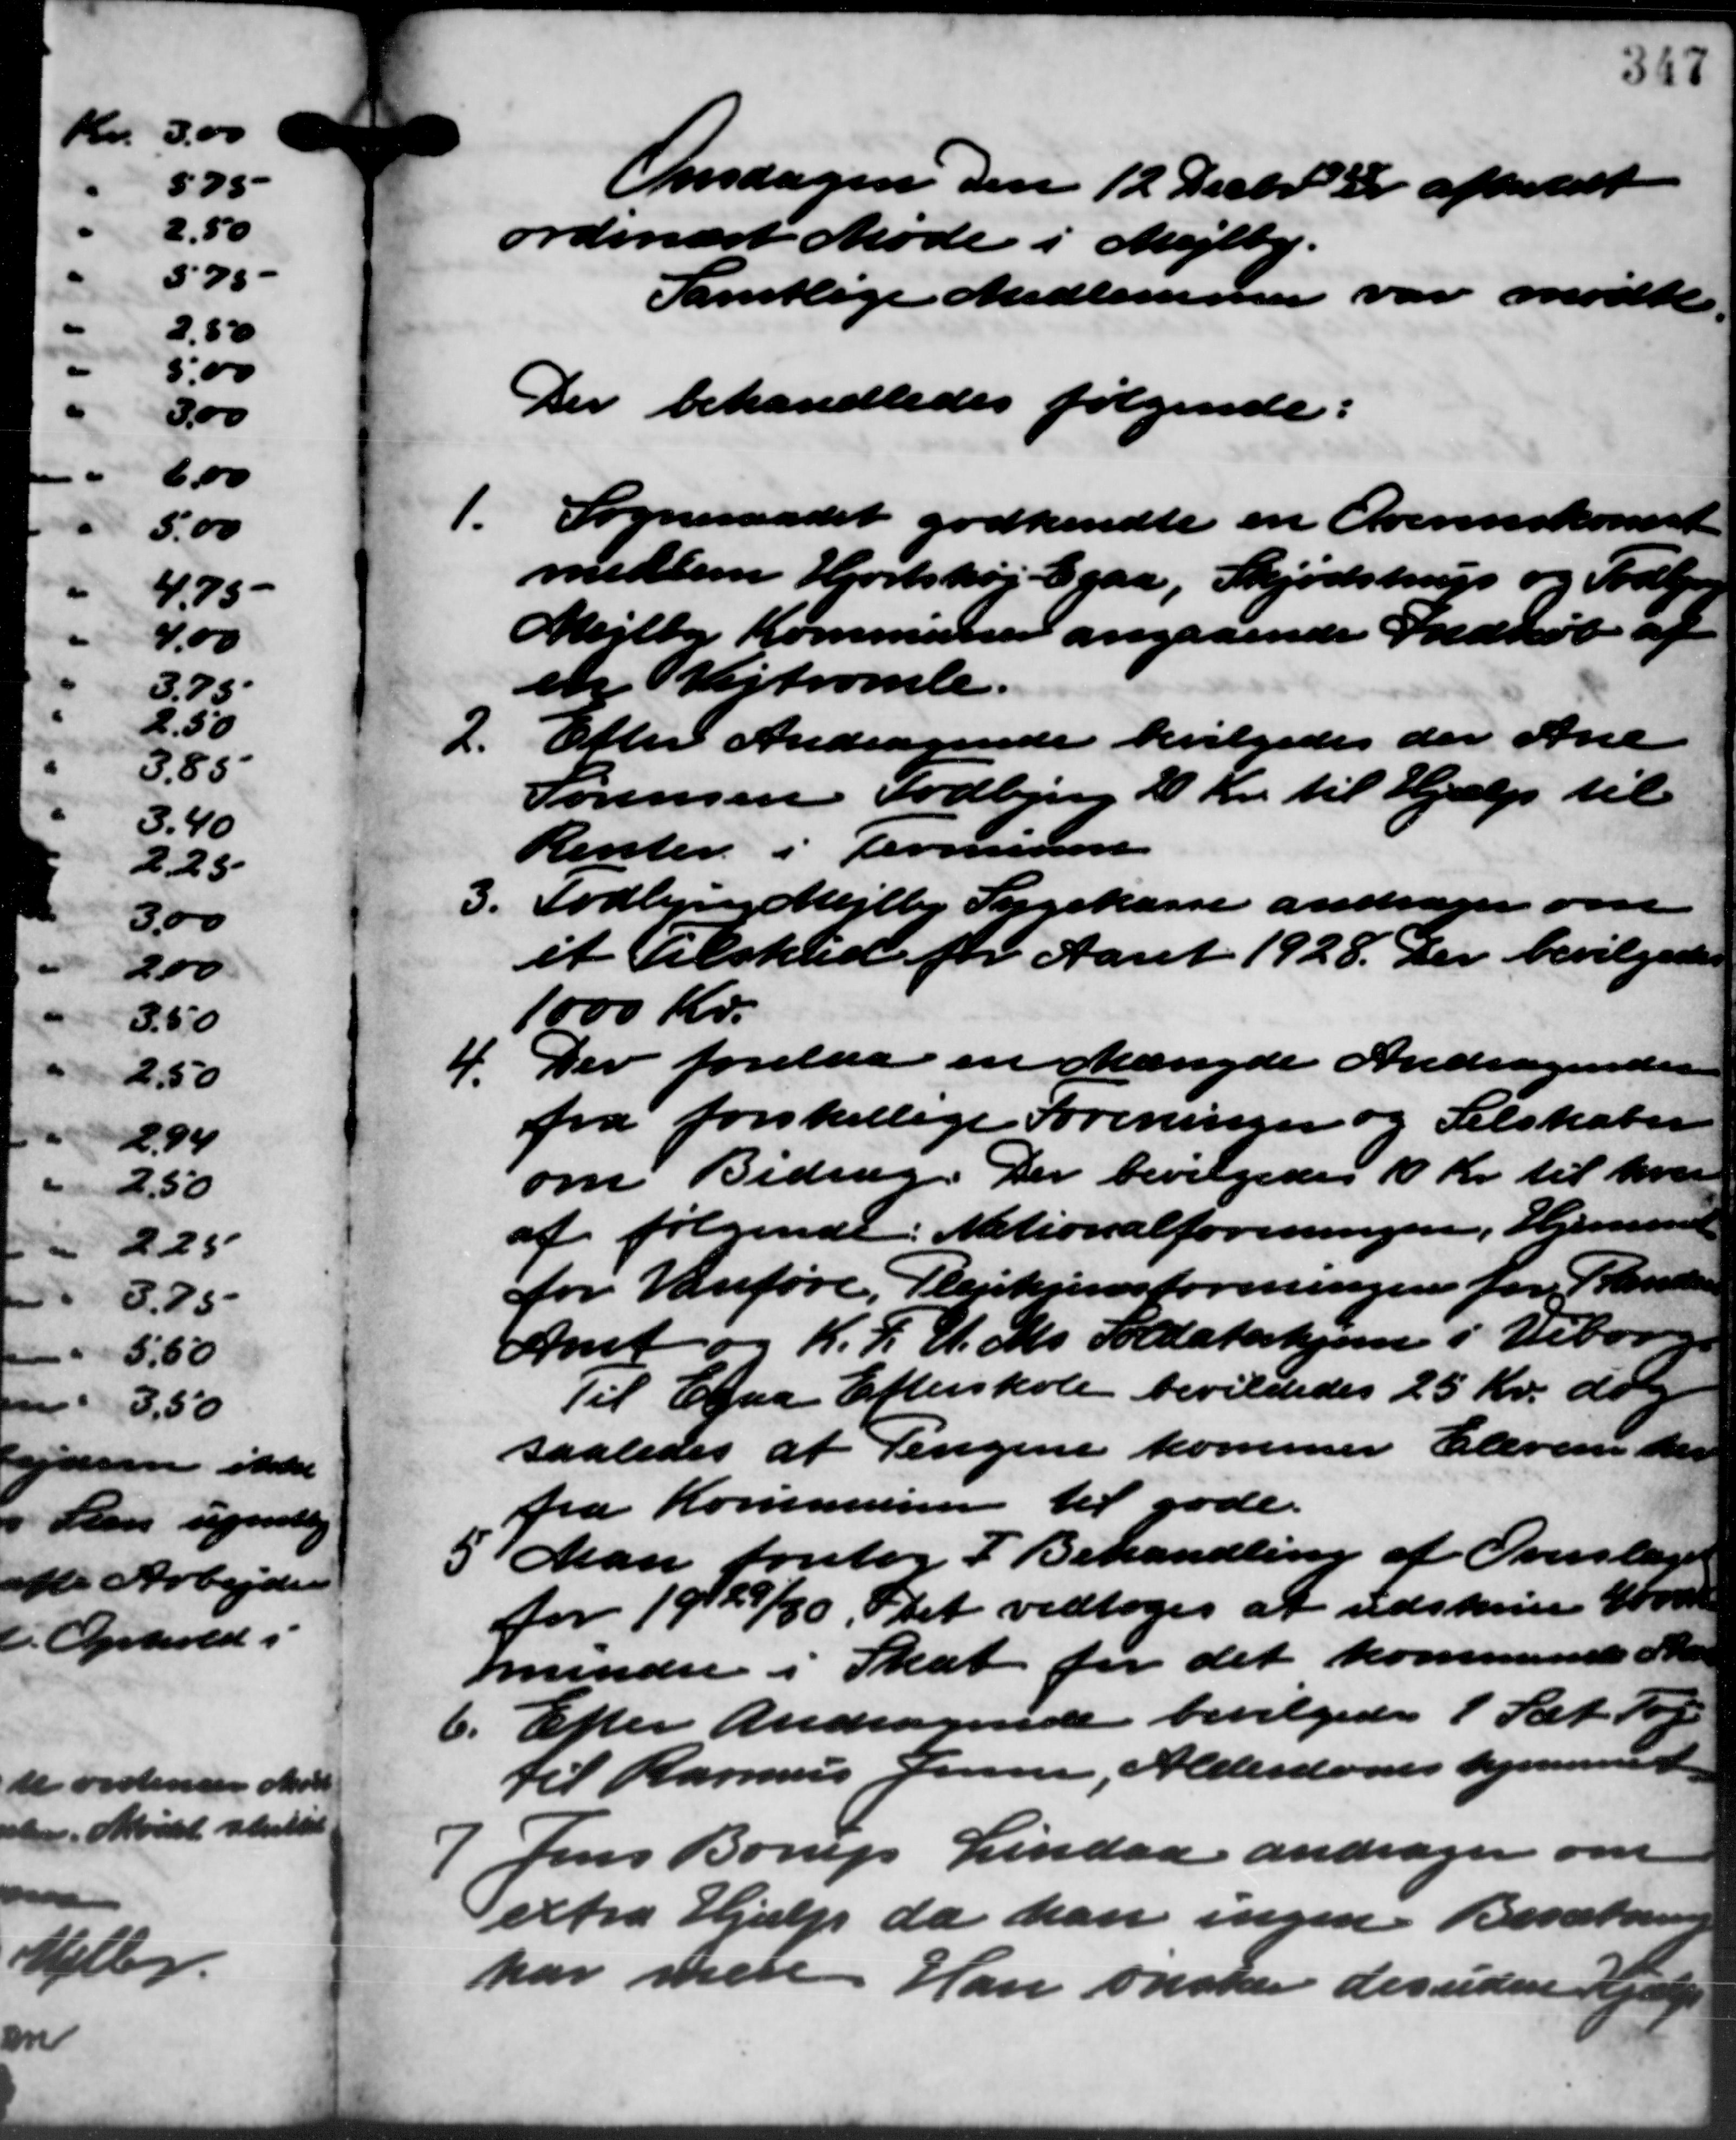
Transskription:
Onsdagen den 12 Decbr. er afholdt
ordinært Møde i Mejlby.
Samtlige Medlemmer var mødte.
Der behandledes følgende:
1. Sogneraadet godkendte en Overenskomst
1. Sogneraadet godkendte en Overenskomst
medlem Hjortshøj Egaa, Skjødstrup og Todbjer
Mejlby Kommunen angaaende Indkøb af
en Vejtromle.
2.
Efter Andragende bevilgedes der Ane
Sørensen Todbjerg 20 Kr. til Hjælp til
Renter i Terminen
3.
Todbjerg Mejlby Sygekasse andrager om
et Tilskud for Aaret 1928. Der bevilgedes
1000 Kr.
4. Der forelaa en Mængde Andragende
4. Der forelaa en Mængde Andragende
fra forskellige Foreninger og Selskaber
om Bidrag. Der bevilgedes 10 Kr. til hver
af følgende: Nationalforeningen, Hjemmet
for Vanføre Plejehjemsforeningen for Pandersen
Amt og K.F.U.Ms. Soldaterhjem i Vibor
Til Egaa Efterskole bevilgedes 25 Kr. dog
saaledes at Pengene kommer Elevere der
fra Kommunen til gode.
 Man foretog I Behandling af Overslaget
 Man foretog I Behandling af Overslaget
for 1929/30. Det vedtoges at udskrive 4000 Kr.
mindre i Skat for det kommende Mar
6. Efter Andragende bevilgedes 1 Sæt Tog
6. Efter Andragende bevilgedes 1 Sæt Tog
til Rasmus Jensen, Alderdomshjemmer
Jens Borup Lindaa andrager om

extra Hjælp da han ingen Besætning
har mere Han ønsker desuden Hjem